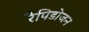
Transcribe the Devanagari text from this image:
रैपिडोजन